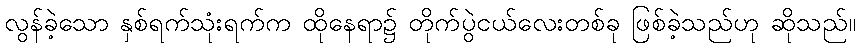
လွန်ခဲ့သော နှစ်ရက်သုံးရက်က ထိုနေရာ၌ တိုက်ပွဲငယ်လေးတစ်ခု ဖြစ်ခဲ့သည်ဟု ဆိုသည်။